Veterinary [1909] -
Year: 1909
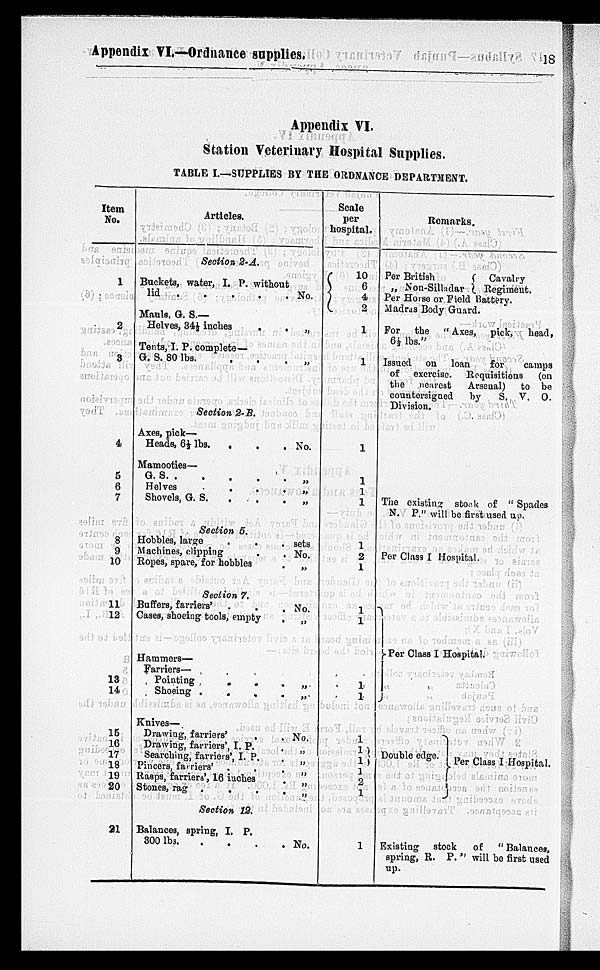
Appendix VI.—Ordnance
supplies.
18
Appendix VI.
Station Veterinary Hospital Supplies.
TABLE I.—SUPPLIES BY THE ORDNANCE DEPARTMENT.
Item
No.
1
2
3
4
5
6
7
8
9
10
11
12
13
14
15
16
17
18
19
20
21
Articles.
Section 2. A.
Buckets, water, I. P. without
lid
.
.
.
.
.
No.
Mauls, G. S.—
Helves, 34½ inches
.
.
„
Tents, I. P. complete—
G. S. 80 lbs.
.
.
.
„
Section 2. B.
Axes, pick—
Heads, 6½ lbs . . . . . No.
Mamooties—
G.
S.
.
.
.
.
.
„
Helves
.
.
.
.
.
„
Shovels, G. S.
„
Section 5.
Hobbles, large
.
.
.
sets
Machines, clipping
.
.
.No.
Ropes, spare, for hobbles . . „
Section 7.
Buffers, farriers
.
.
.No.
Cases, shoeing tools, empty . . „
Hammers—
Farriers—
Pointing
.
.
.
„
Shoeing .
.
.
.
Knives—
Drawing, farriers ' . . . No.
Drawing, farriers', I. P. . . „
Searching, farriers', I. P. . „
Pincers, farriers' . . . „
Rasps, farriers', 16 inches . . „
Stones, rag .
.
.
. „
Section 12.
Balances, spring, I. P.
300
lbs.
.
.
.
.
No.
Scale
per
hospital.
10
6
4
2
1
1
1
1
1
1
1
2
1
1
1
1
1
1
1
1 1
2
1
1
Remarks.
Per British
„ Non-Silladar
Per Horse or Field Battery.
Madras Body Guard.
Cavalry
Regiment.
For the "Axes, pick, head,
6½
lbs."
Issued on loan for camps
of exercise. Requisitions (on
the nearest Arsenal) to be
countersigned by S. V. O.
Division.
The existing stock of " Spades
N. P." will be first used up.
Per Class I Hospital.
Per Class I Hospital.
Double edge. Per Class I Hospital.
Existing stock of "Balances,
spring, R. P. " will be first used
up.